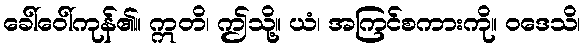
ခေါ်ဝေါ်ကုန်၏။ ဣတိ၊ ဤသို့။ ယံ၊ အကြင်စကားကို။ ဝဒေသိ၊